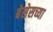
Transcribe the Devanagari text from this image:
बेसेसच्या